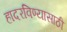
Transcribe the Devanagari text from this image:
हादरविण्यासाठी